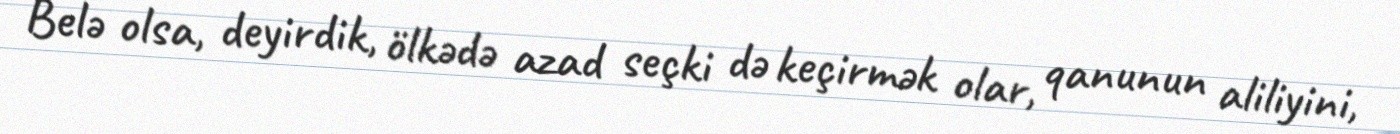
Belə olsa, deyirdik, ölkədə azad seçki də keçirmək olar, qanunun aliliyini,